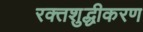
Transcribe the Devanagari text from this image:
रक्तशुद्धीकरण